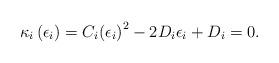
LaTeX: \begin{align*}{\kappa _i}\left( {{\epsilon _i}} \right) = {C_i}{\left( {{\epsilon _i}} \right)^2} - 2{D_i}{\epsilon _i} + {D_i} = 0.\end{align*}